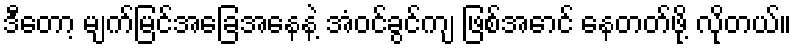
ဒီတော့ မျက်မြင်အခြေအနေနဲ့ အံဝင်ခွင်ကျ ဖြစ်အောင် နေတတ်ဖို့ လိုတယ်။